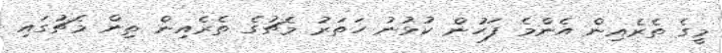
މީގެ ތެރެއިން އެންމެ ފަހުން ކުޅުނު ހަތަރު މެޗުގެ ތެރެއިން ތިން މެޗުގައި